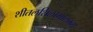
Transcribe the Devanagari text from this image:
शीतलशिलामालम्ब्य